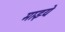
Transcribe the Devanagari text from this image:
माझ्ये